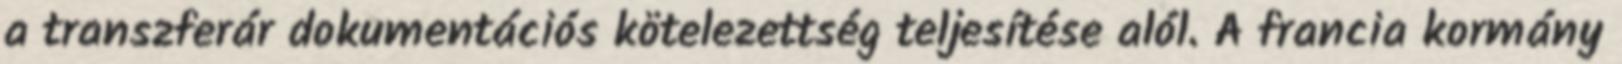
a transzferár dokumentációs kötelezettség teljesítése alól. A francia kormány